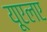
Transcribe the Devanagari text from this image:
यूएलए